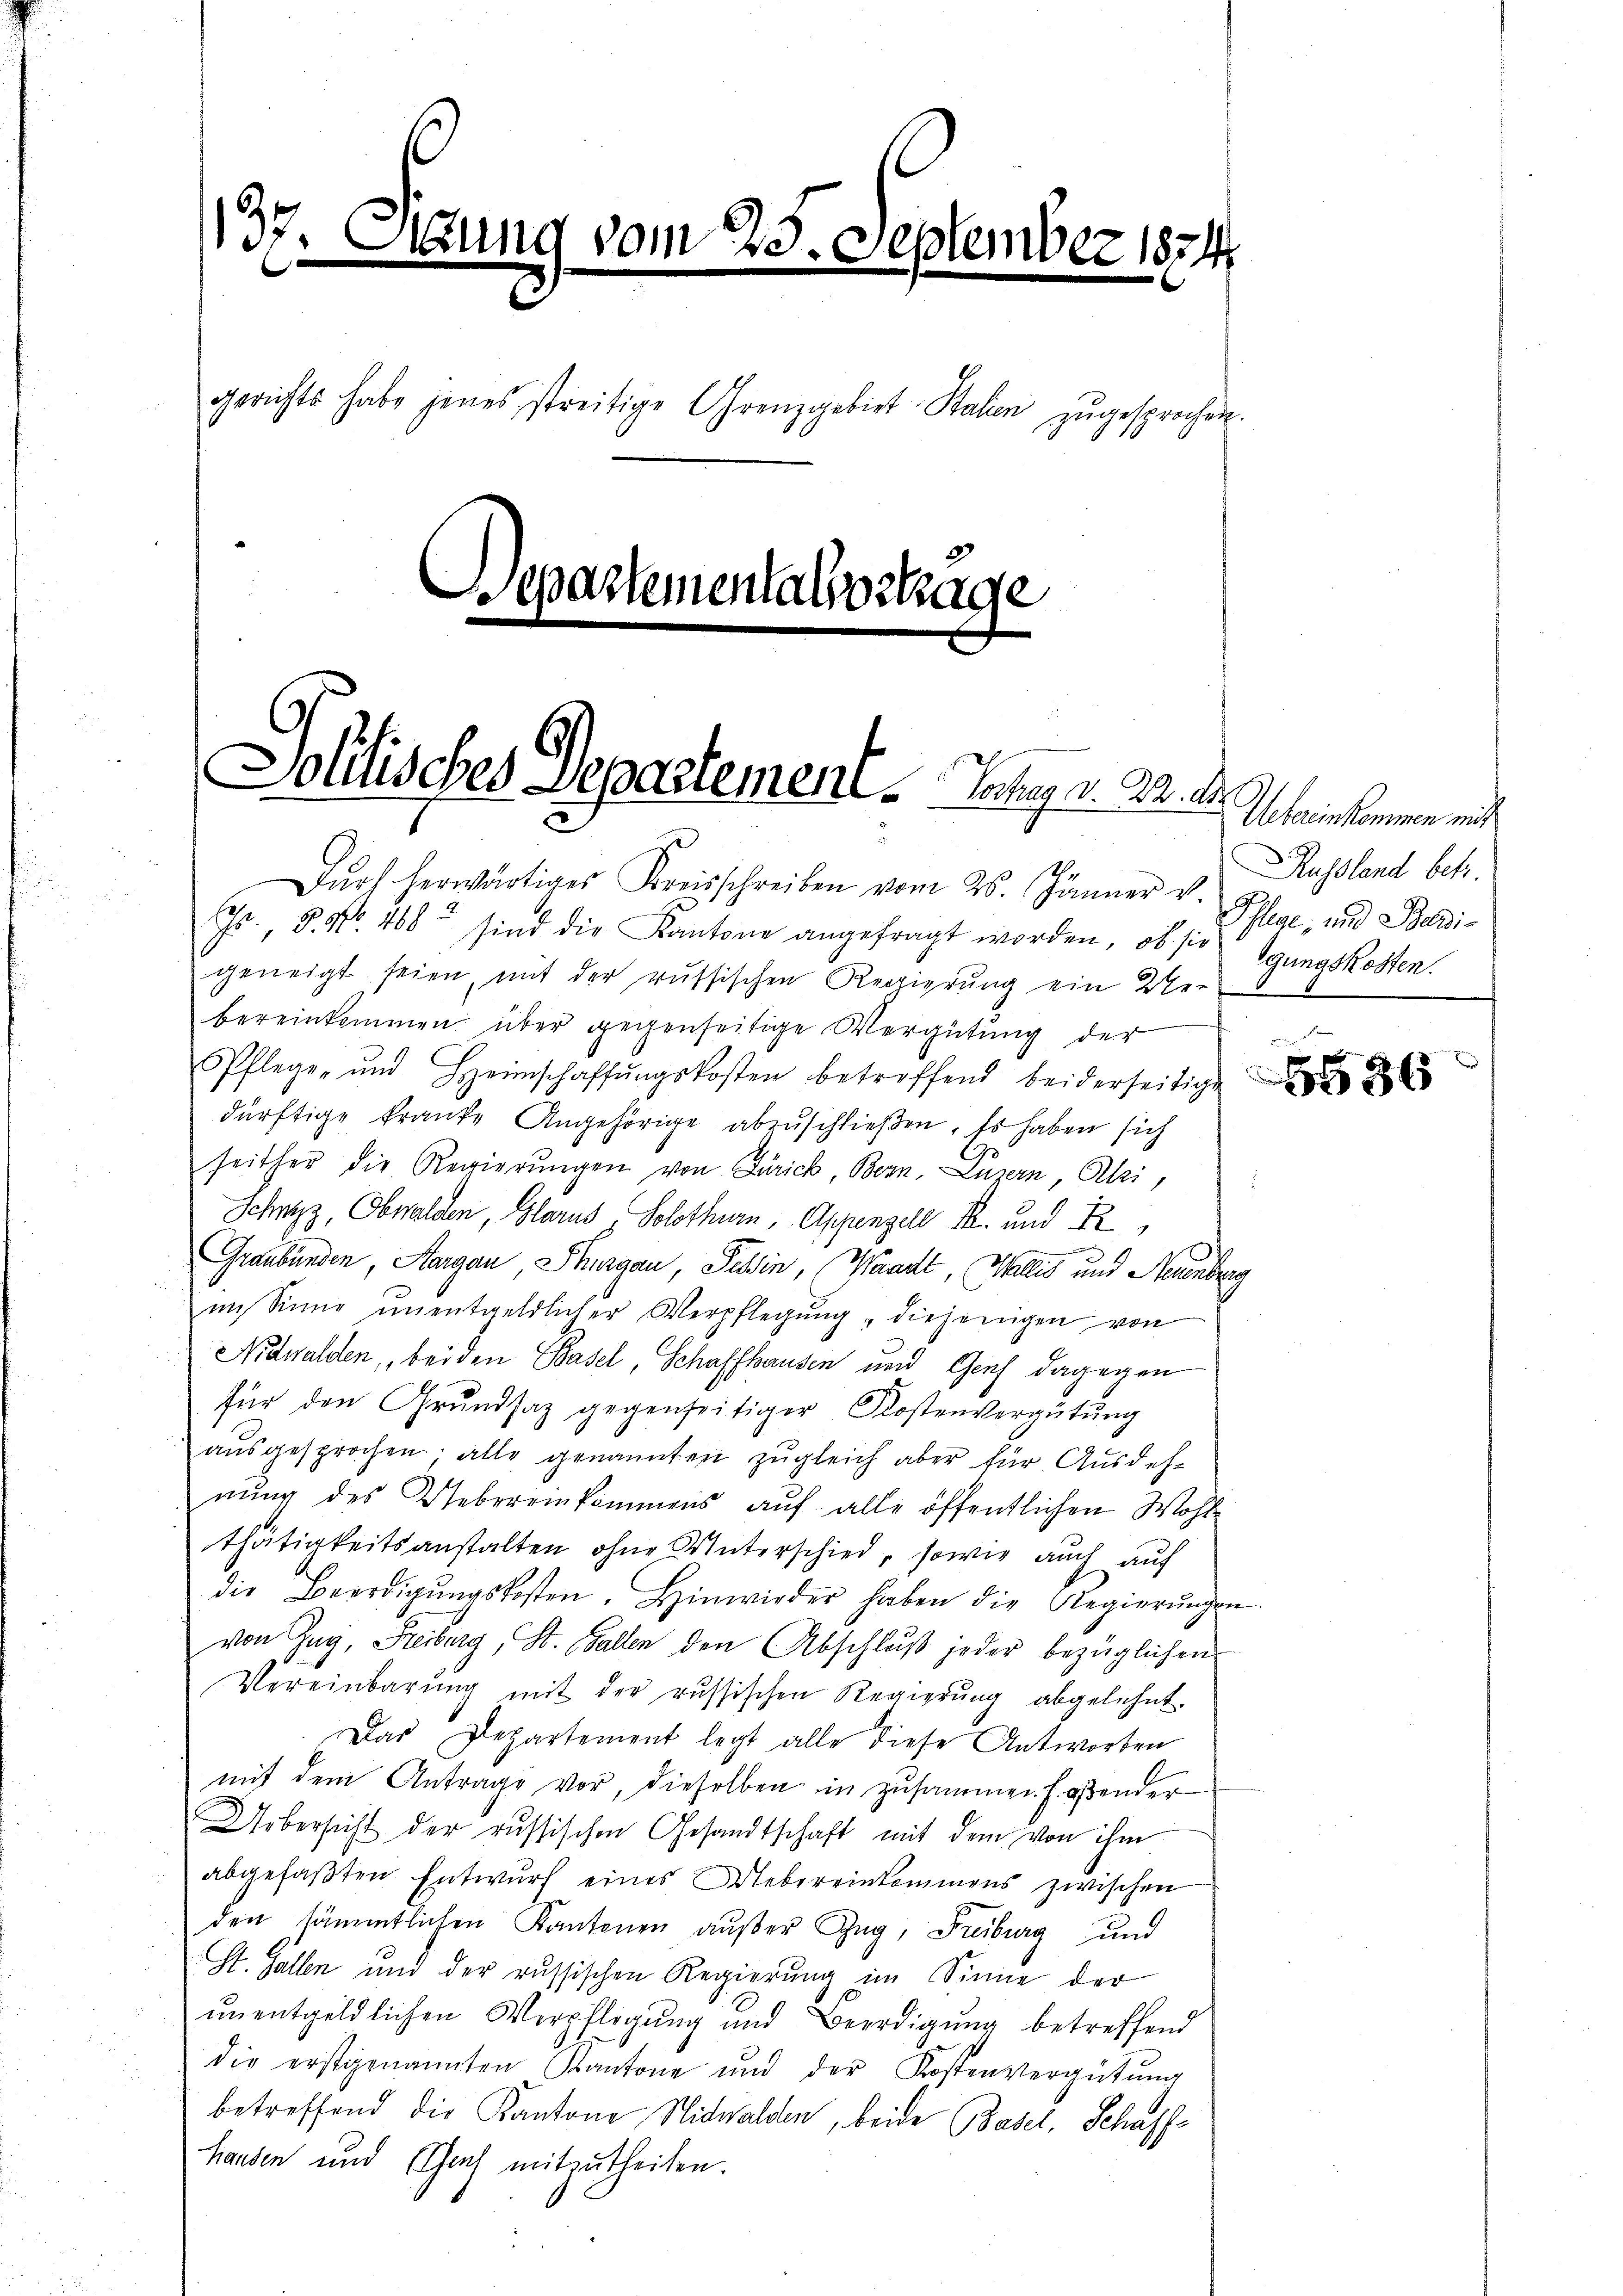
137. Übung vom 20. September 1874
gerichts habe jenes streitige Grenzgebiet Balien zugesprochen.
Separtementalvertrage

Politisches Departement. Berg v. 22.

We

Dŭrch herwärtiges Kreisschreiben vom 26. Jänner v.
Js. 8. No. 466 sind die Kantone angefragt worden, ob sie egungskosten.
geneigt seien, mit der russischen Regierung ein We-
bereinkommen über gegenseitige Vergütung der
Pflege und Heimschaffŭngskosten betreffend beiderseitige
dürftige kranke Angehörige abzuschließen. Es haben sich
seither die Regierŭngen von Zürick, Bern, Luzern, Klei,
Schwyz, Obwalden, Glarus Solothurn, Appenzell M. und 12
Graubünden, Aargau, Thurgau, Feldin, Waadt, Wallis und Neuenburg
im Sinne ŭnentgeldlicher Verpflegŭng diejenigen von
Nidwalden, beiden Basel, Schaffhausen und Genf dagegen
für den Grundsaz gegenseitiger Kostenvergütung
ausgesprochen; alle genannten zugleich aber für Ausdehnŭng des Uebereinkommens auf alle öffentlichen Wohl
thätigkeitsanstalten ohne Unterschied, sowie auch auf
die Beerdigŭngskosten. Hinwieder haben die Regierŭngen
von Zug, Freiburg, St. Gallen den Abschluß jeder bezüglichen
Vereinbarŭng mit der russischen Regierung abgelehnt.
Das Departement legt alle diese Antworten
mit dem Antrage vor, dieselben in zusammen faßender
Uebersicht der russischen Gesandtschaft mit dem von ihm
abgefaßten Entwurf eines Uebereinkommens zwischen
den sämmtlichen Kantonen außer Zug, Freiburg und
St. Gallen und der russischen Regierung im Sinne der
unentgeldlichen Verpflegung und Beerdigung betreffend
die erstgenannten Kantone und der Kostenvergütung
betreffend die Kantone Nidwalden, beide Basel, Schaffhanden und Elsent mitzutheilen.

Webereinkommen mit
Russland betr.
Pflege, und Bedi-